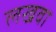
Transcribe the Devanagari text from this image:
लखवा